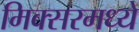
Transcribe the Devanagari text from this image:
मिक्‍सरमध्ये